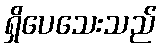
ရှိပေသေးသည်